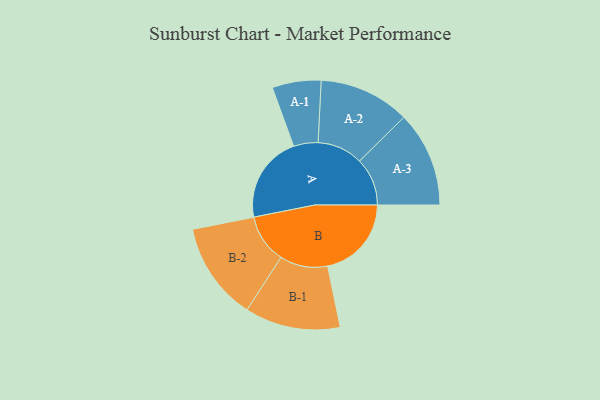
{"axis": {"x": "Segment", "y": "Value"}, "legend": ["", "A", "B"], "data": [{"x": "A", "y": 495, "type": ""}, {"x": "B", "y": 477, "type": ""}, {"x": "A-1", "y": 139, "type": "A"}, {"x": "A-2", "y": 259, "type": "A"}, {"x": "A-3", "y": 272, "type": "A"}, {"x": "B-1", "y": 272, "type": "B"}, {"x": "B-2", "y": 279, "type": "B"}]}